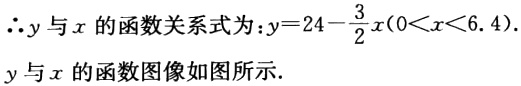
\(\therefore y\)与\(x\)的函数关系式为：\(y = 24-\frac{3}{2}x(0<x<6.4)\).
\(y\)与\(x\)的函数图像如图所示.